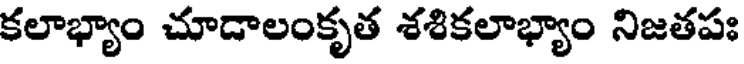
కలాభ్యాం చూడాలంకృత శశికలాభ్యాం నిజతపః